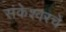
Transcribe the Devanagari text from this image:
संकेश्वरचे